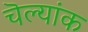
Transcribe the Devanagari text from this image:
चॆल्यांक